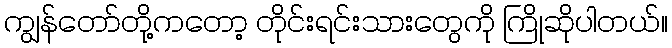
ကျွန်တော်တို့ကတော့ တိုင်းရင်းသားတွေကို ကြိုဆိုပါတယ်။